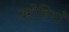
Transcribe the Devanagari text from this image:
बरोहियाँ